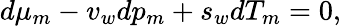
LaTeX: d\mu_{m}-v_{w}dp_{m}+s_{w}dT_{m}=0,